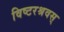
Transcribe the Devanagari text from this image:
विष्टरश्रवस्